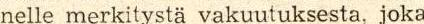
nelle merkitystä vakuutuksesta, joka